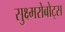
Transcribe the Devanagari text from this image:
सुक्ष्मरोबोट्स